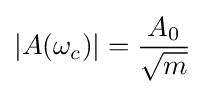
|A(\omega _{c})|={\frac {A_{0}}{\sqrt {m}}}